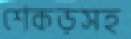
শেকড়সহ